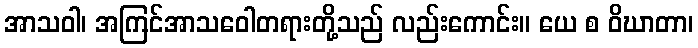
အာသဝါ၊ အကြင်အာသဝေါတရားတို့သည် လည်းကောင်း။ ယေ စ ဝိဃာတာ၊